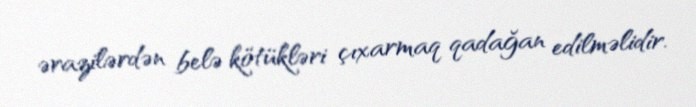
ərazilərdən belə kötükləri çıxarmaq qadağan edilməlidir.